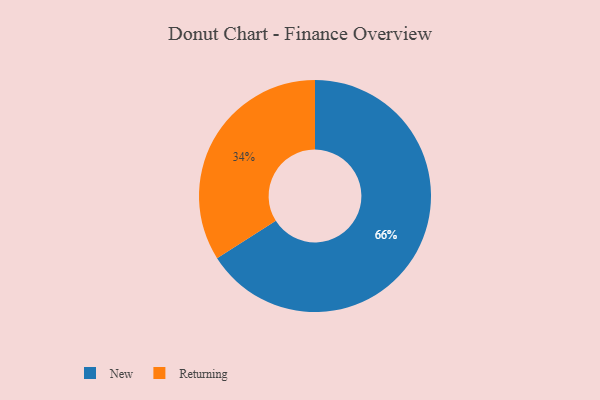
{"axis": {"x": "Category", "y": "Percentage"}, "legend": ["New", "Returning"], "data": [{"x": "New", "y": 66, "type": "New"}, {"x": "Returning", "y": 34, "type": "Returning"}]}